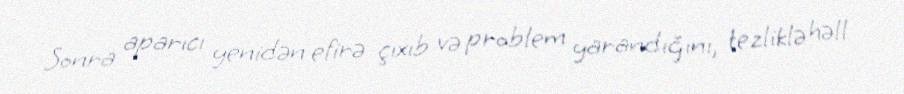
Sonra aparıcı yenidən efirə çıxıb və problem yarandığını, tezliklə həll